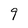
Character: 9